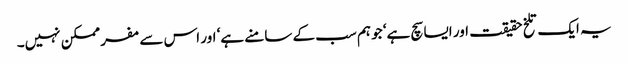
یہ ایک تلخ حقیقت اور ایسا سچ ہے‘ جو ہم سب کے سامنے ہے‘ اور اس سے مفر ممکن نہیں۔